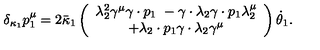
\delta _ { \kappa _ { 1 } } p _ { 1 } ^ { \mu } = 2 \bar { \kappa } _ { 1 } \left( \begin{array} { c } { \lambda _ { 2 } ^ { 2 } \gamma ^ { \mu } \gamma \cdot p _ { 1 } \ - \gamma \cdot \lambda _ { 2 } \gamma \cdot p _ { 1 } \lambda _ { 2 } ^ { \mu } } \\ { + \lambda _ { 2 } \cdot p _ { 1 } \gamma \cdot \lambda _ { 2 } \gamma ^ { \mu } } \\ \end{array} \right) \dot { \theta } _ { 1 } .